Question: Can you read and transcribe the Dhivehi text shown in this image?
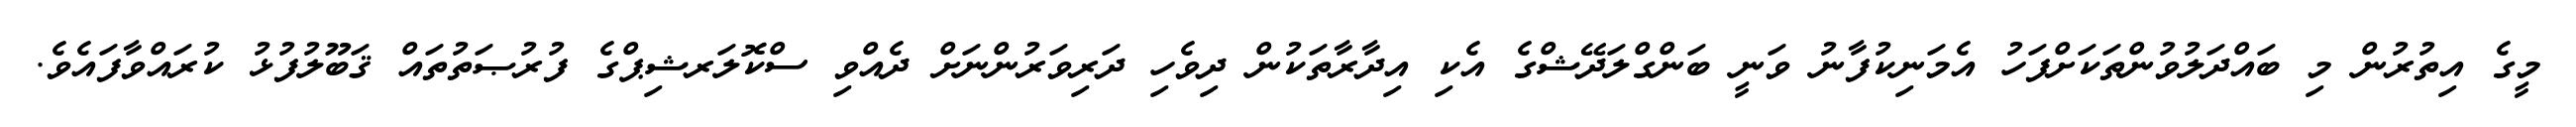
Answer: މީގެ އިތުރުން މި ބައްދަލުވުންތަކަށްފަހު އެމަނިކުފާނު ވަނީ ބަންގްލަދޭޝްގެ އެކި އިދާރާތަކުން ދިވެހި ދަރިވަރުންނަށް ދެއްވި ސްކޮލަރޝިޕްގެ ފުރުޞަތުތައް ޤަބޫލުފުޅު ކުރައްވާފައެވެ.